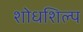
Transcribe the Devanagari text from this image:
शोधशिल्प